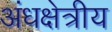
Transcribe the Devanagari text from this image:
अंधक्षेत्रीय